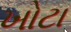
ખોટા